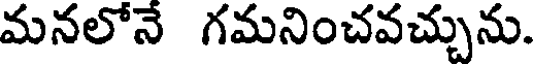
మనలోనే గమనించవచ్చును.